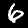
Label: 6